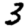
Digit: 3